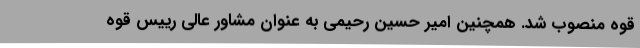
قوه منصوب شد. همچنین امیر حسین رحیمی به عنوان مشاور عالی رییس قوه